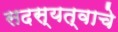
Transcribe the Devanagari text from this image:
सदस्यत्वाचे